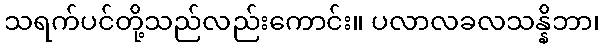
သရက်ပင်တို့သည်လည်းကောင်း။ ပလာလခလသန္နိဘာ၊